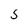
Character: 5